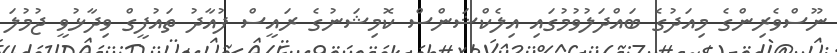
ނޫސްވެރިންގެ މިއަދުގެ ބައްދަލުވުމުގައި އިލެކްޝަންސް ކޮމިޝަނުގެ ރައީސް ފުއާދު ތައުފީގް ވިދާޅުވީ ޖުމުލަ